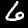
Digit: 6